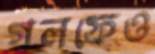
গলফেও